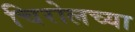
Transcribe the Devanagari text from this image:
चिरोलच्या